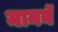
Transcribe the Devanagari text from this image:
माननॅ